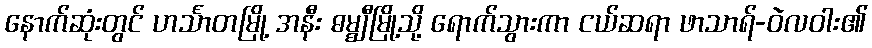
နောက်ဆုံးတွင် ဟင်္သာတမြို့ အနီး ဓမ္ဈီမြို့သို့ ရောက်သွားကာ ငယ်ဆရာ ဖာသာရ်-ဝဲလဝါး၏